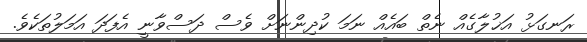
ރަނގަޅު އަޚުލާގެއް ނެތް ބައެއް ނަމަ ކުދިންނަށް ވެސް ދަސްވާނީ އެފަދަ އަމަލުތަކެވެ.